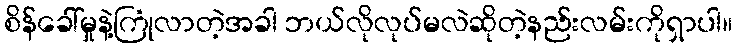
စိန်ခေါ်မှုနဲ့ကြုံလာတဲ့အခါ ဘယ်လိုလုပ်မလဲဆိုတဲ့နည်းလမ်းကိုရှာပါ။